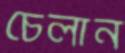
চেলান